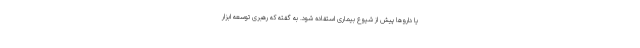
یا داروها پیش از شیوع بیماری استفاده شود. به گفته که رهبری توسعه ابزار